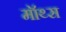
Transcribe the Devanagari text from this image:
मॉथ्स